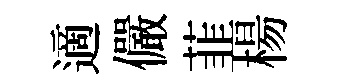
適儼韮楊